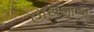
હાથશાળા